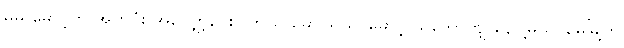
မမ မောင့်ကို အားလုံး အလျှော့ပေးပါတယ် မောင်ရယ်၊ မောင့် သဘောကျ နေပါ့မယ်၊ မေမြို့ကို